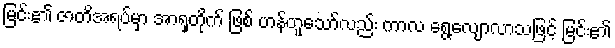
မြင်း၏ ဇာတိအရပ်မှာ အာရှတိုက် ဖြစ် ဟန်တူသော်လည်း ကာလ ရွေ့လျောလာသဖြင့် မြင်း၏